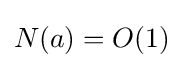
N(a)=O(1)